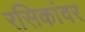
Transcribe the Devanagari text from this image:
रसिकांवर